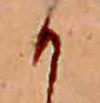
か